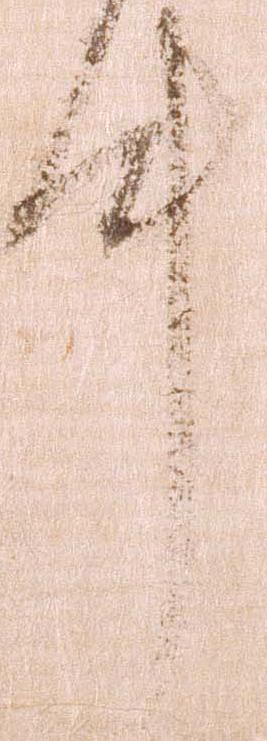
件